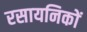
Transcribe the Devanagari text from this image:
रसायनिकों